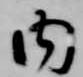
内